Applicability to medico-legal practice in India of the biochemical tests for the origin of blood-stains - Number 39
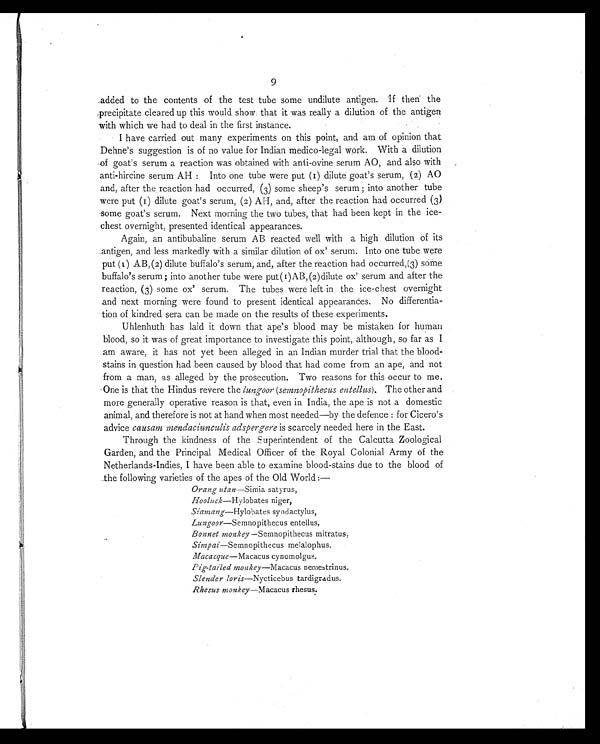
9
added to the contents of the test tube some undilute antigen. If then the
precipitate cleared up this would show that it was really a dilution of the antigen
with which we had to deal in the first instance.
I have carried out many experiments on this point, and am of opinion that
Dehne's suggestion is of no value for Indian medico-legal work. With a dilution
of goat's serum a reaction was obtained with anti-ovine serum AO, and also with
anti-hircine serum AH: Into one tube were put (1) dilute goat's serum, (2) AO
and, after the reaction had occurred, (3) some sheep's serum; into another tube
were put (1) dilute goat's serum, (2) AH, and, after the reaction had occurred (3
) some goat's serum. Next morning the two tubes, that had been kept in the ice-
chest overnight ; presented identical appearances.
Again, an antibubaline serum AB reacted well with a high dilution of its
antigen, and less markedly with a similar dilution of ox' serum. Into one tube were
put (1) AB, (2) dilute buffalo's serum, and, after the reaction had occurred,(3) some
buffalo's serum; into another tube were put (1) AB, (2)dilute ox' serum and after the
reaction, (3) some ox' serum. The tubes were left in the ice-chest overnight
and next morning were found to present identical appearances. No differentia-
tion of kindred sera can be made on the results of these experiments.
Uhlenhuth has laid it down that ape's blood may be mistaken for human
blood, so it was of great importance to investigate this point, although, so far as I
am aware, it has not yet been alleged in an Indian murder trial that the blood-
stains in question had been caused by blood that had come from an ape, and not
from a man, as alleged by the prosecution. Two reasons for this occur to me.
One is that the Hindus revere the lungoor (semnopithecus entellus). The other and
more generally operative reason is that, even in India, the ape is not a domestic
animal, and therefore is not at hand when most needed—by the defence: for Cicero's
advice causam mendaciunculis adspergere is scarcely needed here in the East.
Through the kindness of the Superintendent of the Calcutta Zoological
Garden, and the Principal Medical Officer of the Royal Colonial Army of the
Netherlands-Indies, I have been able to examine blood-stains due to the blood of
the following varieties of the apes of the Old World:—
O r a n g
u t a n
— S i m i a s a t y r u s ,
Hooluck—Hylobates niger,
Siamang— Hylobates syndactylus,
Lungoor—Semnopithecus entellus,
Bonnet monkey —Semnopithecus mitratus,
Simpai—Semnopithecus melalophus.
Macacque —Macacus cynomolgus.
Pig-tailed monkey—Macacus nemestrinus.
Slender loris—Nycticebus tardigradus.
Rhesus monkey—Macacus rhesus.